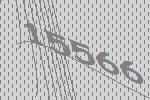
15566